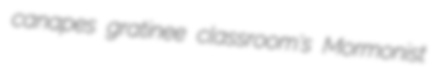
canapes gratinee classroom's Mormonist